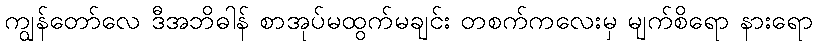
ကျွန်တော်လေ ဒီအဘိဓါန် စာအုပ်မထွက်မချင်း တစက်ကလေးမှ မျက်စိရော နားရော